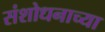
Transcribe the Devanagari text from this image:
संशोधनाच्‍या